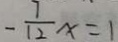
- \frac { 7 } { 1 2 } x = 1